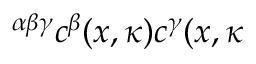
^ { \alpha \beta \gamma } c ^ { \beta } ( x , \kappa ) c ^ { \gamma } ( x , \kappa